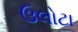
ઉલોટા